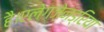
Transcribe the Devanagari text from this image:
है।एलेगज़ेनड्रिया